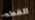
القطه